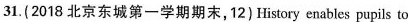
31.(2018 北京东城第一学期期末,12) History enables pupils to